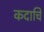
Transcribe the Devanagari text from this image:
कदाचि